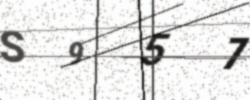
Text: S957